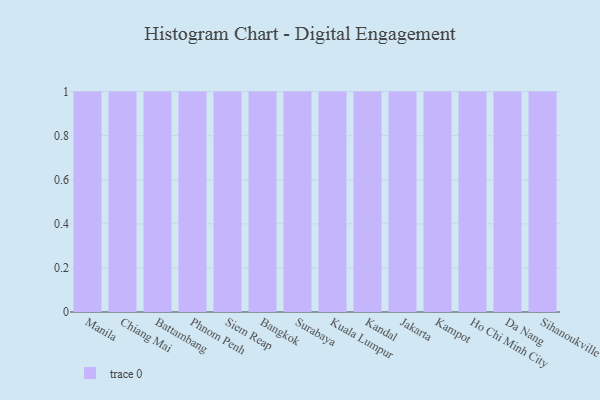
{"axis": {"x": "City", "y": "Customer Acquisition Cost (USD)"}, "legend": [""], "data": [{"x": "Manila", "y": 20, "type": ""}, {"x": "Chiang Mai", "y": 28, "type": ""}, {"x": "Battambang", "y": 50, "type": ""}, {"x": "Phnom Penh", "y": 12, "type": ""}, {"x": "Siem Reap", "y": 52, "type": ""}, {"x": "Bangkok", "y": 43, "type": ""}, {"x": "Surabaya", "y": 43, "type": ""}, {"x": "Kuala Lumpur", "y": 88, "type": ""}, {"x": "Kandal", "y": 38, "type": ""}, {"x": "Jakarta", "y": 65, "type": ""}, {"x": "Kampot", "y": 38, "type": ""}, {"x": "Ho Chi Minh City", "y": 97, "type": ""}, {"x": "Da Nang", "y": 23, "type": ""}, {"x": "Sihanoukville", "y": 3, "type": ""}]}